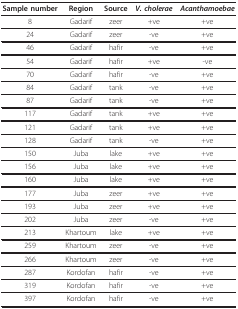
<table><thead><tr><td><b>Sample number</b></td><td><b>Region</b></td><td><b>Source</b></td><td><b><i>V. cholerae</i></b></td><td><b><i>Acanthamoebae</i></b></td></tr></thead><tbody><tr><td>8</td><td>Gadarif</td><td>zeer</td><td>+ve</td><td>+ve</td></tr><tr><td>24</td><td>Gadarif</td><td>zeer</td><td>-ve</td><td>+ve</td></tr><tr><td>46</td><td>Gadarif</td><td>hafir</td><td>-ve</td><td>+ve</td></tr><tr><td>54</td><td>Gadarif</td><td>hafir</td><td>+ve</td><td>-ve</td></tr><tr><td>70</td><td>Gadarif</td><td>hafir</td><td>-ve</td><td>+ve</td></tr><tr><td>84</td><td>Gadarif</td><td>tank</td><td>-ve</td><td>+ve</td></tr><tr><td>87</td><td>Gadarif</td><td>tank</td><td>-ve</td><td>+ve</td></tr><tr><td>117</td><td>Gadarif</td><td>tank</td><td>+ve</td><td>+ve</td></tr><tr><td>121</td><td>Gadarif</td><td>tank</td><td>+ve</td><td>+ve</td></tr><tr><td>128</td><td>Gadarif</td><td>tank</td><td>-ve</td><td>+ve</td></tr><tr><td>150</td><td>Juba</td><td>lake</td><td>+ve</td><td>+ve</td></tr><tr><td>156</td><td>Juba</td><td>lake</td><td>+ve</td><td>+ve</td></tr><tr><td>160</td><td>Juba</td><td>lake</td><td>+ve</td><td>+ve</td></tr><tr><td>177</td><td>Juba</td><td>zeer</td><td>+ve</td><td>+ve</td></tr><tr><td>193</td><td>Juba</td><td>zeer</td><td>+ve</td><td>+ve</td></tr><tr><td>202</td><td>Juba</td><td>zeer</td><td>-ve</td><td>+ve</td></tr><tr><td>213</td><td>Khartoum</td><td>lake</td><td>+ve</td><td>+ve</td></tr><tr><td>259</td><td>Khartoum</td><td>zeer</td><td>-ve</td><td>+ve</td></tr><tr><td>266</td><td>Khartoum</td><td>zeer</td><td>-ve</td><td>+ve</td></tr><tr><td>287</td><td>Kordofan</td><td>hafir</td><td>-ve</td><td>+ve</td></tr><tr><td>319</td><td>Kordofan</td><td>hafir</td><td>-ve</td><td>+ve</td></tr><tr><td>397</td><td>Kordofan</td><td>hafir</td><td>-ve</td><td>+ve</td></tr></tbody></table>